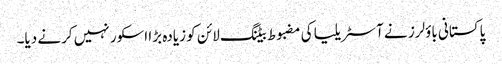
پاکستانی باؤلرز نے آسٹریلیا کی مضبوط بیٹنگ لائن کو زیادہ بڑا اسکور نہیں کرنے دیا۔